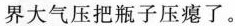
界大气压把瓶子压瘪了。